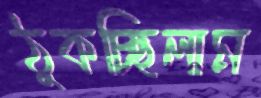
ঠুকচ্ছিলাম